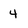
Character: 4